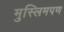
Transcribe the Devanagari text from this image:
मुस्लिमपण